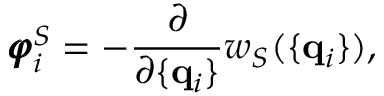
{ \pmb \varphi } _ { i } ^ { S } = - \frac { \partial } { \partial \{ { \bf q } _ { i } \} } w _ { S } ( \{ { \bf q } _ { i } \} ) ,